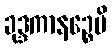
ခုဒ္ဒကာနဉ္စေပိ